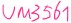
Text: um3651